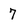
Character: 7